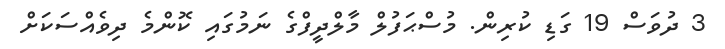
3 ދުވަސް 19 ގަޑި ކުރިން. މުސްޙަފުލް މާލްދީފްްގެ ނަމުގައި ކޮންމެ ދިވެއްސަކަށް